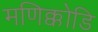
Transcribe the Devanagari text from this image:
मणिक्कोडि